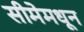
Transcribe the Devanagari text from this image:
सीमेमधून